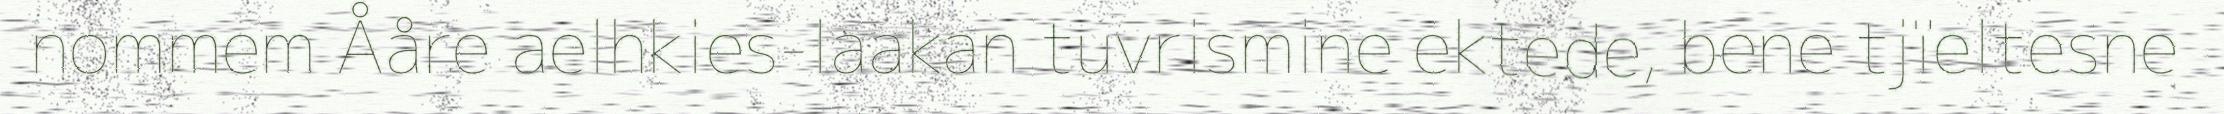
nommem Ååre aelhkies-laakan tuvrismine ektede, bene tjïeltesne